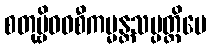
စတုဗ္ဗိဓဝစီကမ္မန္တသမ္ပတ္တိပေ